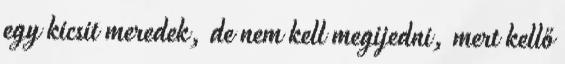
egy kicsit meredek, de nem kell megijedni, mert kellő